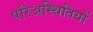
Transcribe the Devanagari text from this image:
परिअस्थितियों